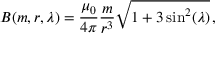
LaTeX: B ( m , r , \lambda ) = { \frac { \mu _ { 0 } } { 4 \pi } } { \frac { m } { r ^ { 3 } } } { \sqrt { 1 + 3 \sin ^ { 2 } ( \lambda ) } } \, ,